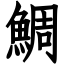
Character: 鯛